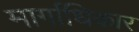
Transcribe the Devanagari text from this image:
मार्गाधिकार